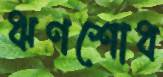
ঋণশোধ